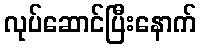
လုပ်ဆောင်ပြီးနောက်